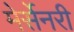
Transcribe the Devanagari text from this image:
मेर्सेनरी